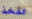
الفخذ